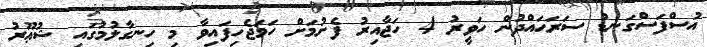
އުސްފަސްގަނޑު ސަރަޙައްދުން ހަވީރު 4 ހަޖާއިރު ފެށުމަށް ހަމަޖެހިފައިވާ މި ހިނގާލުމުގައި ޝުޢޫރު